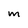
Character: m